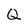
Character: Q